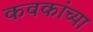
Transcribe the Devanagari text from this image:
कवकांच्या